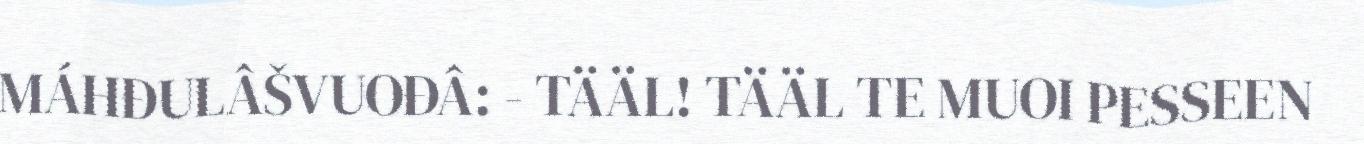
MÁHĐULÂŠVUOĐÂ: - TÄÄL! TÄÄL TE MUOI PESSEEN